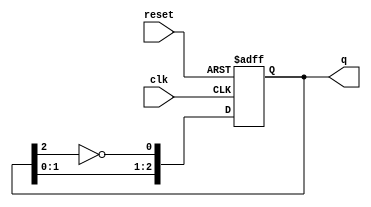
module johnson_counter #(parameter N = 3) (
    input wire clk,          // Clock signal
    input wire reset,        // Asynchronous reset
    output reg [N-1:0] q     // Counter output
);

    // Initialize the counter
    always @(posedge clk or posedge reset) begin
        if (reset) begin
            q <= 0;          // Reset counter to 0
        end else begin
            // Shift the output and feed back the inverted last bit
            q <= {q[N-2:0], ~q[N-1]};
        end
    end

endmodule